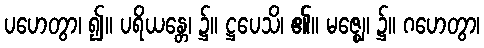
ပဟေတွာ၊ ၍။ ပရိယန္တေ၊ ၌။ ဋ္ဌပေသိ၊ ၏။ မဇ္ဈေ၊ ၌။ ဂဟေတွာ၊